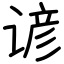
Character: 谚